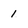
Character: 1